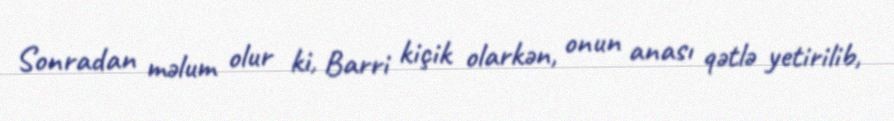
Sonradan məlum olur ki, Barri kiçik olarkən, onun anası qətlə yetirilib,